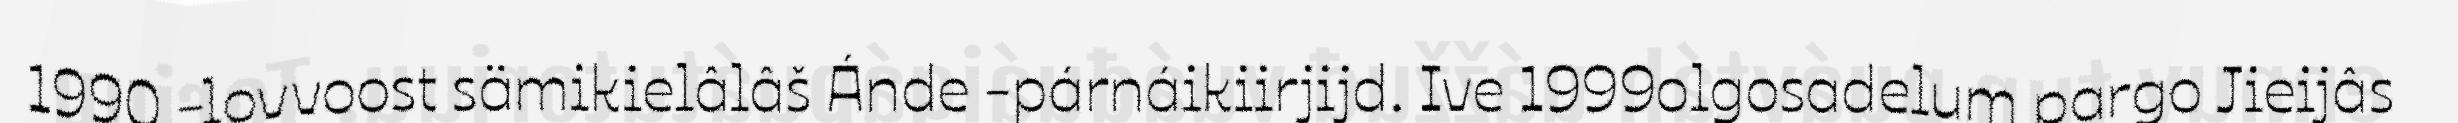
1990 -lovvoost sämikielâlâš Ánde -párnáikiirjijd. Ive 1999olgosadelum pargo Jieijâs